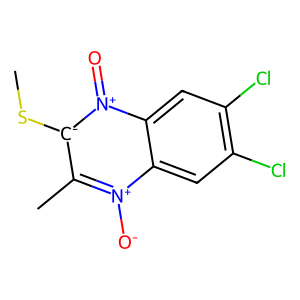
SMILES: CS[c-]1c(C)[n+]([O-])c2cc(Cl)c(Cl)cc2[n+]1=O
Inhibits HIV replication: No